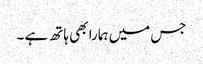
جس میں ہمارا بھی ہاتھ ہے ۔